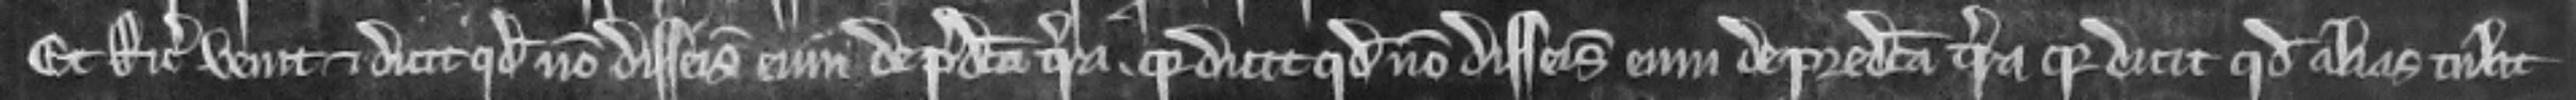
Et Ricardus venit et dicit quod non disseisivit eum de predicta terra quia dicit quod non disseisivit eum de predicta terra quia dicit quod alias tulit